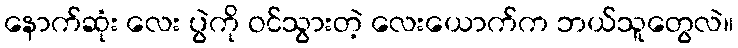
နောက်ဆုံး လေး ပွဲကို ဝင်သွားတဲ့ လေးယောက်က ဘယ်သူတွေလဲ။